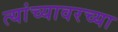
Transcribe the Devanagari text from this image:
त्यांच्यावरच्या